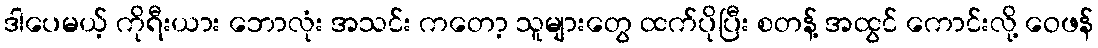
ဒါပေမယ့် ကိုရီးယား ဘောလုံး အသင်း ကတော့ သူများတွေ ထက်ပိုပြီး စတန့် အထွင် ကောင်းလို့ ဝေဖန်